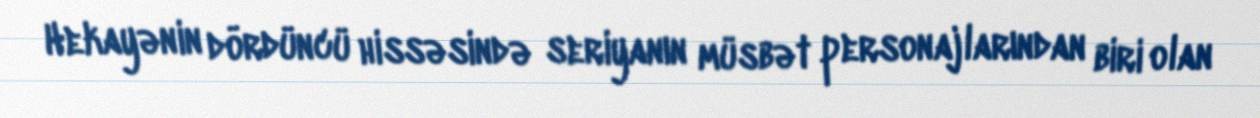
Hekayənin dördüncü hissəsində seriyanın müsbət personajlarından biri olan